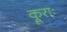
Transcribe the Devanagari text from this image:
क्रूराः